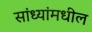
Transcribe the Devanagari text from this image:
सांध्यांमधील